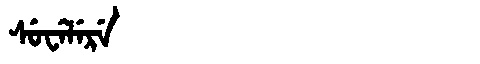
Manchu: ᠰᡠᠸᡝᠯᡝᡵᡝ
Romanization: SUWELERE